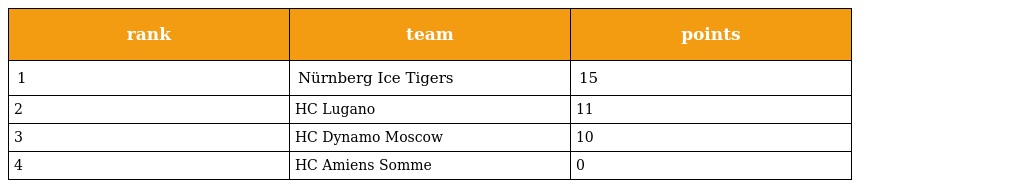
| rank | team | points |
 | --- | --- | --- |
 | 1 | Nürnberg Ice Tigers | 15 |
 | 2 | HC Lugano | 11 |
 | 3 | HC Dynamo Moscow | 10 |
 | 4 | HC Amiens Somme | 0 |